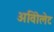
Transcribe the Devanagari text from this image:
अविोलेट